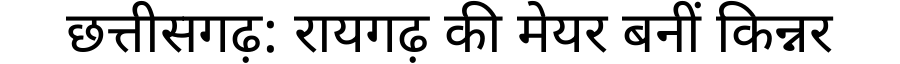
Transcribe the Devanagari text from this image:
छत्तीसगढ़: रायगढ़ की मेयर बनीं किन्नर